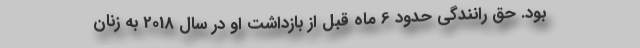
بود. حق رانندگی حدود 6 ماه قبل از بازداشت او در سال 2018 به زنان